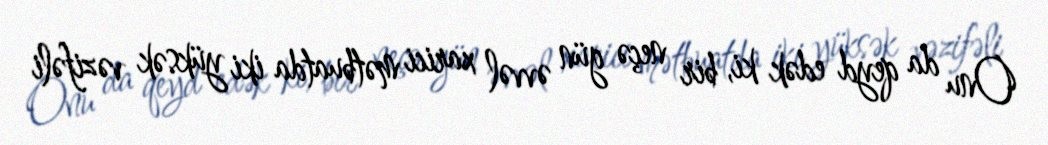
Onu da qeyd edək ki, bir neçə gün əvvəl xarici mətbuatda iki yüksək vəzifəli